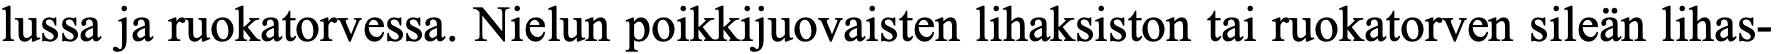
lussa ja ruokatorvessa. Nielun poikkijuovaisten lihaksiston tai ruokatorven sileän lihas-